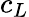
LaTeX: c_{L}